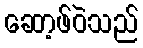
ဆော့ဖ်ဝဲသည်